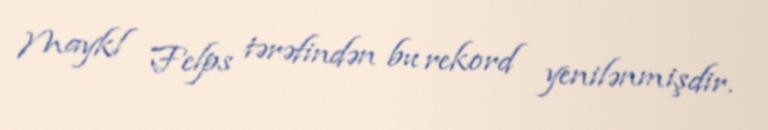
Maykl Felps tərəfindən bu rekord yenilənmişdir.